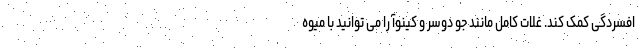
افسردگی کمک کند. غلات کامل مانند جو دوسر و کینوآ را می توانید با میوه